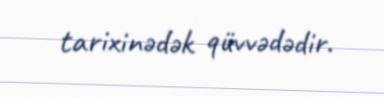
tarixinədək qüvvədədir.